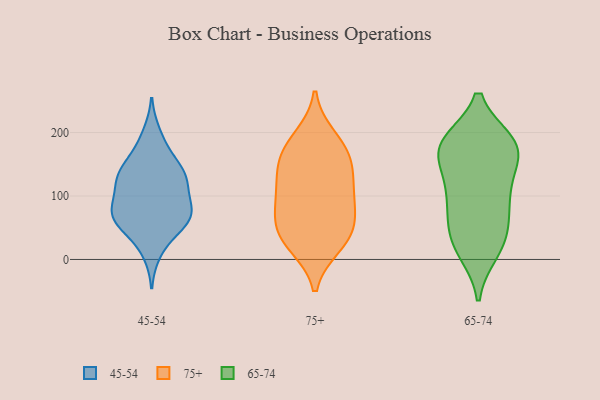
{"axis": {"x": "Inventory Turnover", "y": "Value"}, "legend": ["45-54", "65-74", "75+"], "data": [{"x": "", "y": 11, "type": "45-54"}, {"x": "", "y": 85, "type": "45-54"}, {"x": "", "y": 180, "type": "45-54"}, {"x": "", "y": 136, "type": "45-54"}, {"x": "", "y": 198, "type": "45-54"}, {"x": "", "y": 106, "type": "45-54"}, {"x": "", "y": 67, "type": "45-54"}, {"x": "", "y": 126, "type": "45-54"}, {"x": "", "y": 63, "type": "45-54"}, {"x": "", "y": 116, "type": "45-54"}, {"x": "", "y": 121, "type": "45-54"}, {"x": "", "y": 71, "type": "45-54"}, {"x": "", "y": 75, "type": "45-54"}, {"x": "", "y": 34, "type": "45-54"}, {"x": "", "y": 140, "type": "45-54"}, {"x": "", "y": 150, "type": "45-54"}, {"x": "", "y": 60, "type": "45-54"}, {"x": "", "y": 68, "type": "45-54"}, {"x": "", "y": 66, "type": "45-54"}, {"x": "", "y": 140, "type": "45-54"}, {"x": "", "y": 158, "type": "75+"}, {"x": "", "y": 184, "type": "75+"}, {"x": "", "y": 193, "type": "75+"}, {"x": "", "y": 126, "type": "75+"}, {"x": "", "y": 114, "type": "75+"}, {"x": "", "y": 22, "type": "75+"}, {"x": "", "y": 150, "type": "75+"}, {"x": "", "y": 94, "type": "75+"}, {"x": "", "y": 52, "type": "75+"}, {"x": "", "y": 51, "type": "75+"}, {"x": "", "y": 160, "type": "75+"}, {"x": "", "y": 22, "type": "75+"}, {"x": "", "y": 40, "type": "75+"}, {"x": "", "y": 95, "type": "75+"}, {"x": "", "y": 74, "type": "75+"}, {"x": "", "y": 15, "type": "65-74"}, {"x": "", "y": 108, "type": "65-74"}, {"x": "", "y": 163, "type": "65-74"}, {"x": "", "y": 12, "type": "65-74"}, {"x": "", "y": 176, "type": "65-74"}, {"x": "", "y": 96, "type": "65-74"}, {"x": "", "y": 181, "type": "65-74"}, {"x": "", "y": 145, "type": "65-74"}, {"x": "", "y": 60, "type": "65-74"}, {"x": "", "y": 94, "type": "65-74"}, {"x": "", "y": 184, "type": "65-74"}, {"x": "", "y": 185, "type": "65-74"}, {"x": "", "y": 182, "type": "65-74"}, {"x": "", "y": 184, "type": "65-74"}, {"x": "", "y": 129, "type": "65-74"}, {"x": "", "y": 68, "type": "65-74"}, {"x": "", "y": 32, "type": "65-74"}, {"x": "", "y": 34, "type": "65-74"}]}